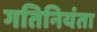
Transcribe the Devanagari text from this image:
गतिनियंता